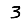
Digit: 3